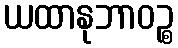
ယထာနုဘာဝဉ္စ